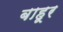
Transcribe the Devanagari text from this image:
बाहूर